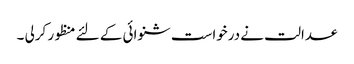
عدالت نے درخواست شنوائی کے لئے منظور کرلی ۔